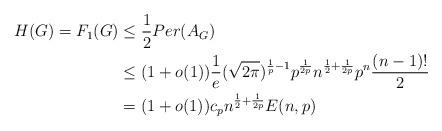
LaTeX: \begin{align*}H(G) = F_1(G) & \le \frac{1}{2}Per(A_G) \\& \le (1+o(1))\frac{1}{e}(\sqrt{2\pi})^{\frac{1}{p}-1}p^{\frac{1}{2p}}n^{\frac{1}{2}+\frac{1}{2p}}p^{n}\frac{(n-1)!}{2}\\& = (1+o(1))c_p n^{\frac{1}{2}+\frac{1}{2p}}E(n,p)\end{align*}